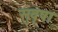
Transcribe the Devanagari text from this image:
सुवृषा